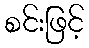
စင်းဖြင့်